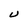
Character: U